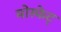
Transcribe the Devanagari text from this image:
मोस्फेट्